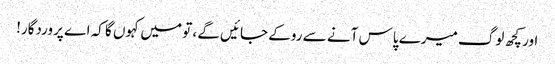
اور کچھ لوگ میرے پاس آنے سے روکے جائیں گے ، تو میں کہوں گا کہ اے پروردگار!